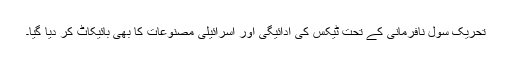
تحریک سول نافرمانی کے تحت ٹیکس کی ادائیگی اور اسرائیلی مصنوعات کا بھی بائیکاٹ کر دیا گیا۔